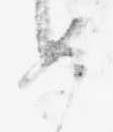
め